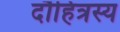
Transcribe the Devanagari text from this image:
दौहित्रस्य